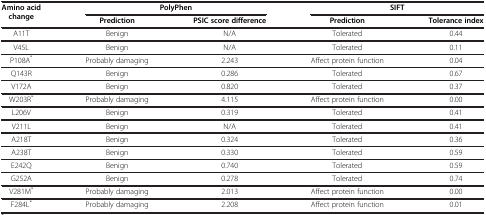
| <ROWSPAN=2> Amino acid change | <COLSPAN=2> PolyPhen | <COLSPAN=2> SIFT |
 | Prediction | PSIC score difference | Prediction | Tolerance index |
 | --- | --- | --- | --- | --- |
 | A11T | Benign | N/A | Tolerated | 0.44 |
 | V45L | Benign | N/A | Tolerated | 0.11 |
 | P108A* | Probably damaging | 2.243 | Affect protein function | 0.04 |
 | Q143R | Benign | 0.286 | Tolerated | 0.67 |
 | V172A | Benign | 0.820 | Tolerated | 0.37 |
 | W203R* | Probably damaging | 4.115 | Affect protein function | 0.00 |
 | L206V | Benign | 0.319 | Tolerated | 0.41 |
 | V211L | Benign | N/A | Tolerated | 0.41 |
 | A218T | Benign | 0.324 | Tolerated | 0.36 |
 | A238T | Benign | 0.330 | Tolerated | 0.59 |
 | E242Q | Benign | 0.740 | Tolerated | 0.59 |
 | G252A | Benign | 0.278 | Tolerated | 0.74 |
 | V281M* | Probably damaging | 2.013 | Affect protein function | 0.00 |
 | F284L* | Probably damaging | 2.208 | Affect protein function | 0.01 |